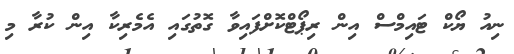
ނިއު ޔޯކް ޓައިމްސް އިން ރިޕޯޓްކޮށްފައިވާ ގޮތުގައި އެމެރިކާ އިން ކުރާ މި